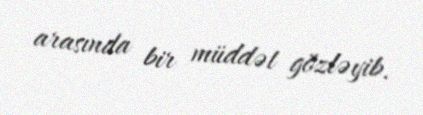
arasında bir müddət gözləyib.